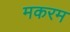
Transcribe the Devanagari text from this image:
मकरम